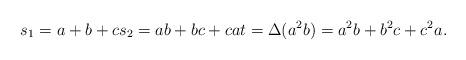
LaTeX: \begin{align*}s_1=a+b+c s_2=ab+bc+ca t = \Delta(a^2b)=a^2b+b^2c+c^2a.\end{align*}